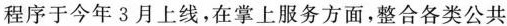
程序于今年3月上线，在掌上服务方面，整合各类公共